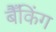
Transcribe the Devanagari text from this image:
बैँकिंग